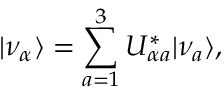
\vert \nu _ { \alpha } \rangle = \sum _ { a = 1 } ^ { 3 } U _ { \alpha a } ^ { \ast } \vert \nu _ { a } \rangle ,